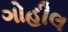
ગોહીલ